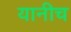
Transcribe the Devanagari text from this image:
यानीच